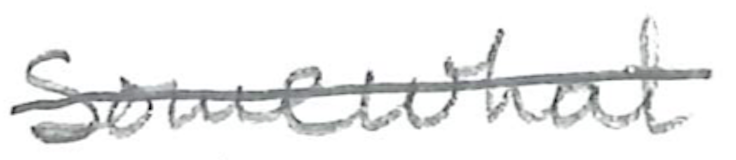
Text: Somewhat
Cross-out: single-line
Writing tool: pencil